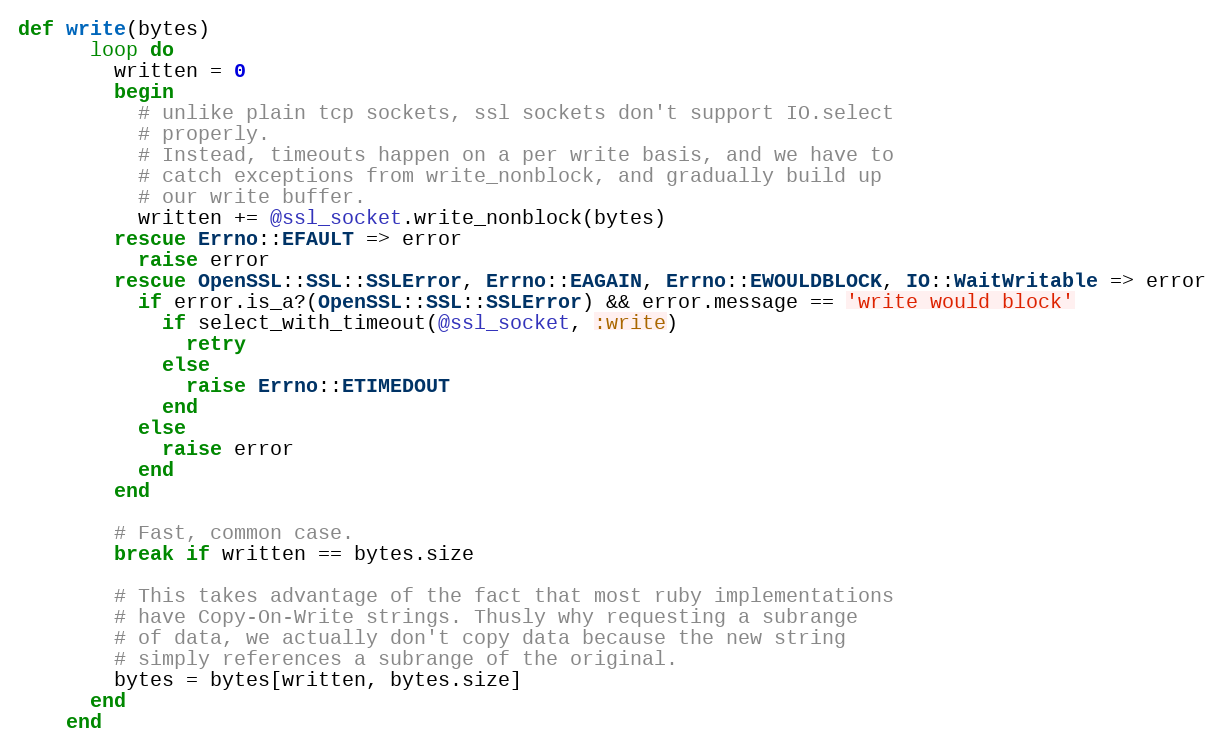
Language: Ruby
def write(bytes)
      loop do
        written = 0
        begin
          # unlike plain tcp sockets, ssl sockets don't support IO.select
          # properly.
          # Instead, timeouts happen on a per write basis, and we have to
          # catch exceptions from write_nonblock, and gradually build up
          # our write buffer.
          written += @ssl_socket.write_nonblock(bytes)
        rescue Errno::EFAULT => error
          raise error
        rescue OpenSSL::SSL::SSLError, Errno::EAGAIN, Errno::EWOULDBLOCK, IO::WaitWritable => error
          if error.is_a?(OpenSSL::SSL::SSLError) && error.message == 'write would block'
            if select_with_timeout(@ssl_socket, :write)
              retry
            else
              raise Errno::ETIMEDOUT
            end
          else
            raise error
          end
        end

        # Fast, common case.
        break if written == bytes.size

        # This takes advantage of the fact that most ruby implementations
        # have Copy-On-Write strings. Thusly why requesting a subrange
        # of data, we actually don't copy data because the new string
        # simply references a subrange of the original.
        bytes = bytes[written, bytes.size]
      end
    end